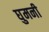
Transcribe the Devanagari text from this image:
घुमनी